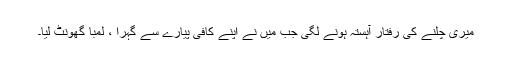
میری چلنے کی رفتار آہستہ ہونے لگی جب میں نے اپنے کافی پیارے سے گہرا ، لمبا گھونٹ لیا۔